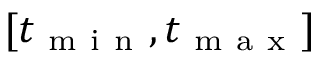
[ t _ { \mathrm { ~ m ~ i ~ n ~ } } , t _ { \mathrm { ~ m ~ a ~ x ~ } } ]